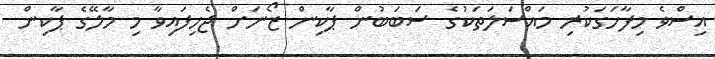
އިސްވެ މިފާހަގަކުރި މައްސަލަތަކުގެ ސަބަބުން ޕާކިން ޒޯނަށް ޖެހިފައިވާ މި މާލޭގެ ޕާކިން